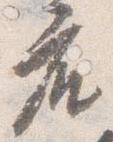
座